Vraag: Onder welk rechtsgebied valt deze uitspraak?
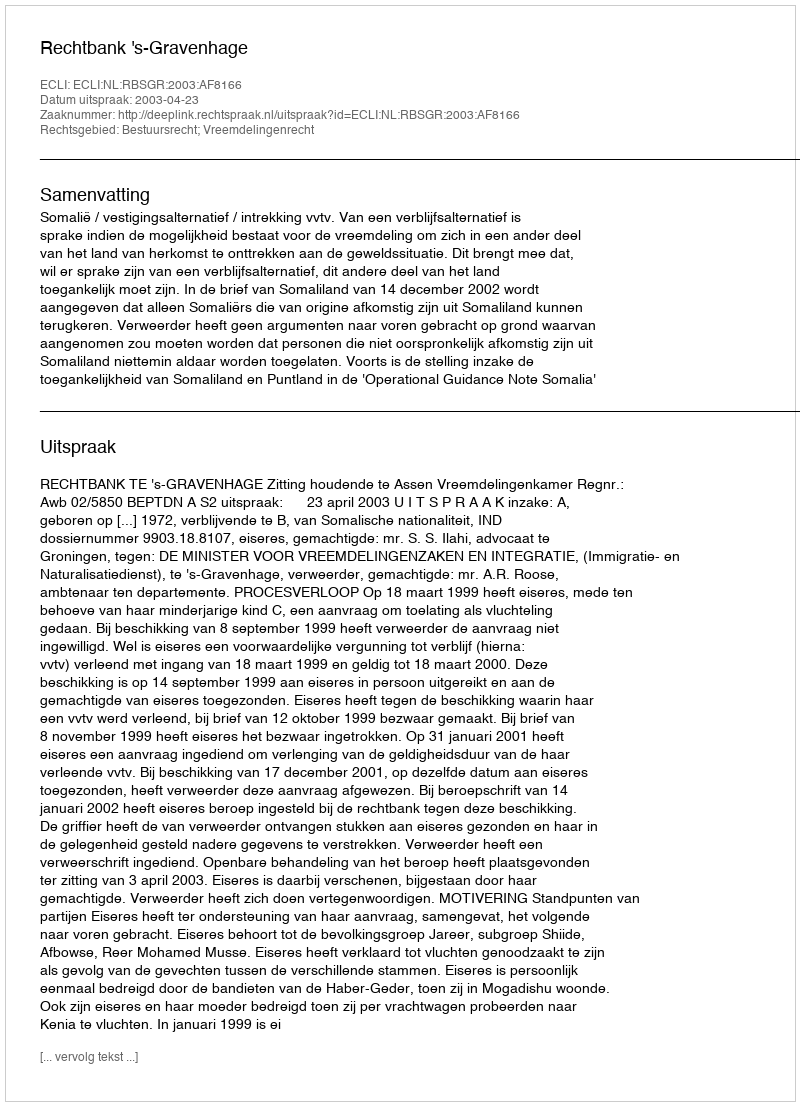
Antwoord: Bestuursrecht; Vreemdelingenrecht